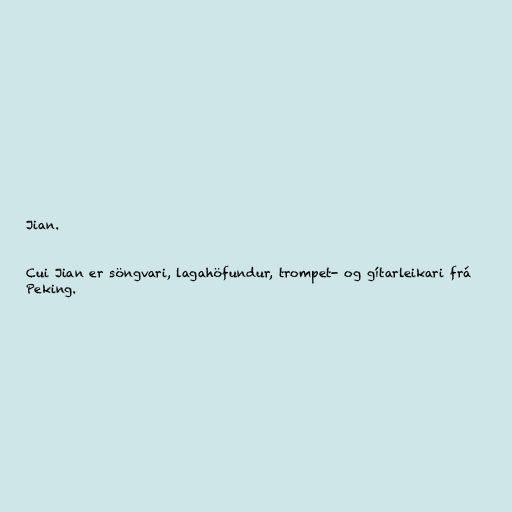
Jian.

Cui Jian er söngvari, lagahöfundur, trompet- og gítarleikari frá
Peking.